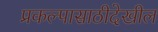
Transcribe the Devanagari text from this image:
प्रकल्पासाठीदेखील